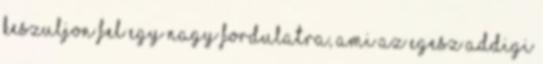
keszuljon fel egy nagy fordulatra, ami az egesz addigi